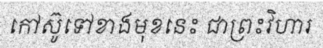
កៅស៊ូទៅខាងមុខនេះ ជាព្រះវិហារ